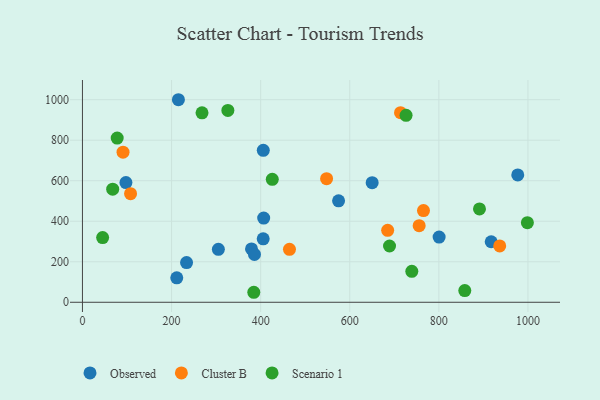
{"axis": {"x": "Investment", "y": "Profit"}, "legend": ["Cluster B", "Observed", "Scenario 1"], "data": [{"x": "211.7", "y": 120.9, "type": "Observed"}, {"x": "379.5", "y": 263.5, "type": "Observed"}, {"x": "97.6", "y": 590.8, "type": "Observed"}, {"x": "574.9", "y": 500.8, "type": "Observed"}, {"x": "800.6", "y": 322.0, "type": "Observed"}, {"x": "215.4", "y": 999.9, "type": "Observed"}, {"x": "305.1", "y": 261.2, "type": "Observed"}, {"x": "233.7", "y": 195.8, "type": "Observed"}, {"x": "650.3", "y": 590.3, "type": "Observed"}, {"x": "917.5", "y": 298.8, "type": "Observed"}, {"x": "405.7", "y": 313.2, "type": "Observed"}, {"x": "405.9", "y": 750.3, "type": "Observed"}, {"x": "406.8", "y": 415.5, "type": "Observed"}, {"x": "386.1", "y": 236.4, "type": "Observed"}, {"x": "977.1", "y": 628.6, "type": "Observed"}, {"x": "91.1", "y": 740.9, "type": "Cluster B"}, {"x": "464.7", "y": 261.3, "type": "Cluster B"}, {"x": "765.5", "y": 452.7, "type": "Cluster B"}, {"x": "755.8", "y": 378.4, "type": "Cluster B"}, {"x": "685.1", "y": 355.2, "type": "Cluster B"}, {"x": "936.6", "y": 278.2, "type": "Cluster B"}, {"x": "714.0", "y": 935.8, "type": "Cluster B"}, {"x": "548.0", "y": 610.1, "type": "Cluster B"}, {"x": "108.0", "y": 536.0, "type": "Cluster B"}, {"x": "45.3", "y": 319.3, "type": "Scenario 1"}, {"x": "726.4", "y": 923.1, "type": "Scenario 1"}, {"x": "739.3", "y": 152.6, "type": "Scenario 1"}, {"x": "326.4", "y": 947.2, "type": "Scenario 1"}, {"x": "998.7", "y": 393.1, "type": "Scenario 1"}, {"x": "67.9", "y": 558.3, "type": "Scenario 1"}, {"x": "384.6", "y": 49.4, "type": "Scenario 1"}, {"x": "78.0", "y": 810.7, "type": "Scenario 1"}, {"x": "426.1", "y": 606.9, "type": "Scenario 1"}, {"x": "268.4", "y": 935.1, "type": "Scenario 1"}, {"x": "689.3", "y": 277.8, "type": "Scenario 1"}, {"x": "858.2", "y": 57.7, "type": "Scenario 1"}, {"x": "891.2", "y": 461.0, "type": "Scenario 1"}]}